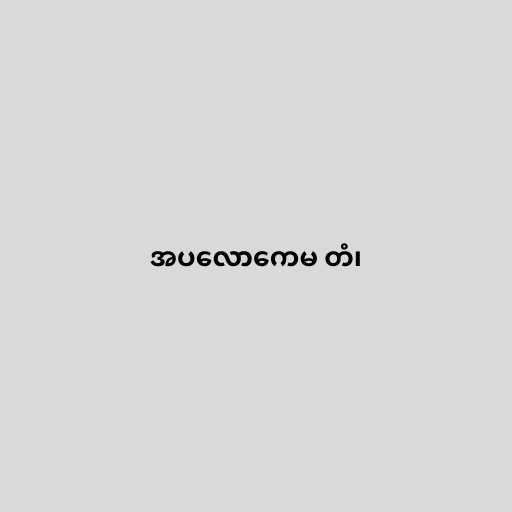
အပလောကေမ တံ၊